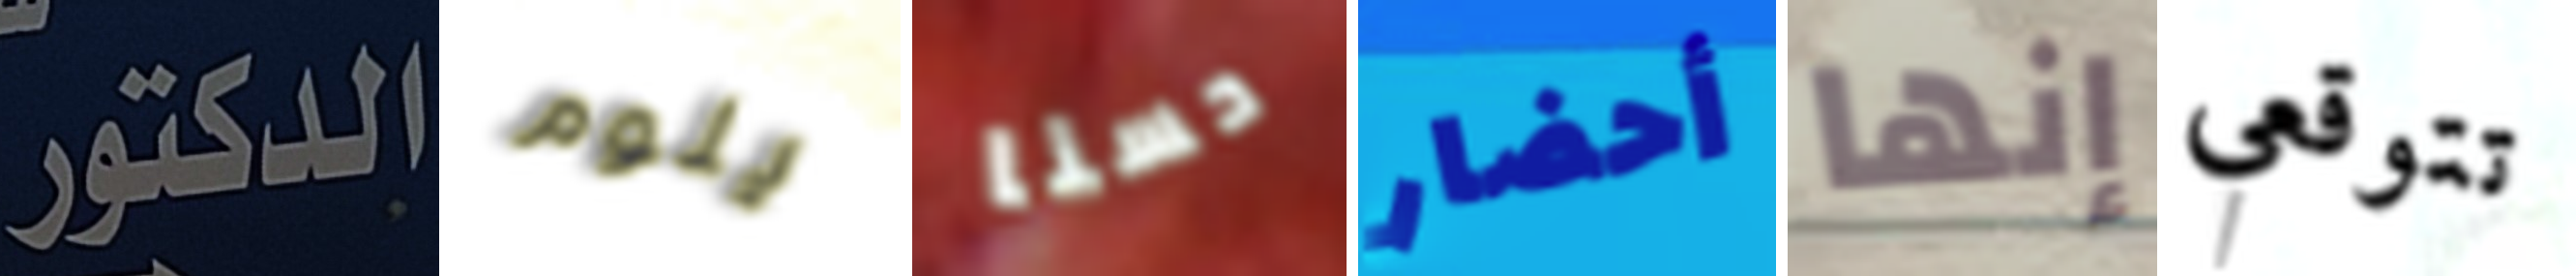
الدكتور يلوم حسنا أحضار إنها تتوقعي